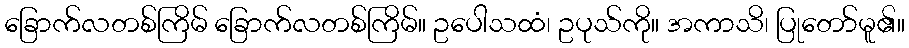
ခြောက်လတစ်ကြိမ် ခြောက်လတစ်ကြိမ်။ ဥပေါသထံ၊ ဥပုသ်ကို။ အကာသိ၊ ပြုတော်မူ၏။